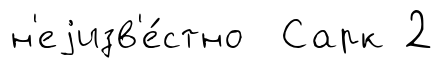
н'еjизв'е́стно Сарк 2